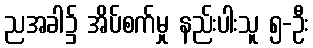
ညအခါ၌ အိပ်စက်မှု နည်းပါးသူ ၅-ဦး